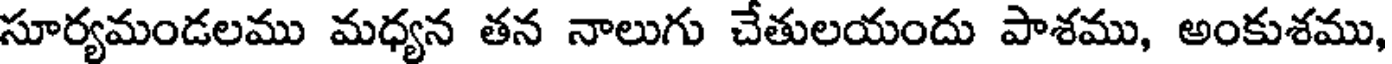
సూర్యమండలము మధ్యన తన నాలుగు చేతులయందు పాశము, అంకుశము,